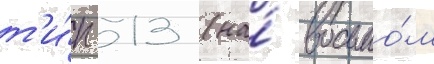
т'и́п 13 (на́ восьмо́м